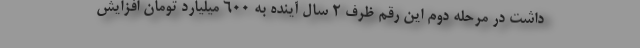
داشت در مرحله دوم این رقم ظرف 2 سال آینده به 600 میلیارد تومان افزایش